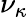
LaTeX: \nu_{\kappa}